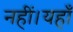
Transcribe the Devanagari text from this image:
नहीं।यहाँ